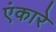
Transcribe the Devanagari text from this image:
एंकारे